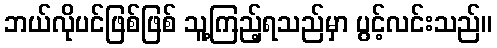
ဘယ်လိုပင်ဖြစ်ဖြစ် သူ့ကြည့်ရသည်မှာ ပွင့်လင်းသည်။